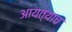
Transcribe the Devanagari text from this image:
आयत्याच